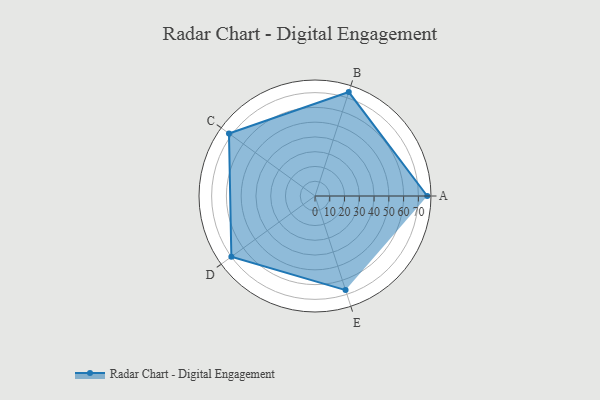
{"axis": {"x": "Skill", "y": "Score"}, "legend": ["Profile"], "data": [{"x": "A", "y": 76.0, "type": "Profile"}, {"x": "B", "y": 74.0, "type": "Profile"}, {"x": "C", "y": 72.0, "type": "Profile"}, {"x": "D", "y": 70.0, "type": "Profile"}, {"x": "E", "y": 67.0, "type": "Profile"}]}